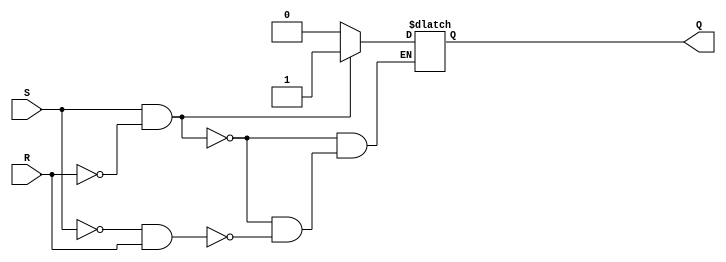
module SR_Latch(
    input S,
    input R,
    output reg Q
);

always @ (S, R)
begin
    if (S && !R) // S is high, set latch
        Q = 1;
    else if (!S && R) // R is high, reset latch
        Q = 0;
end

endmodule